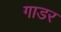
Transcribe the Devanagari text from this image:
गाडर